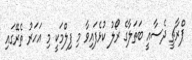
ޕްރާޗީ ދެސާއީ ބަތަލާގެ ރޯލު ކުޅެފައިވާ މި ފިލްމަކީ މި އަހަރު ތެރޭގައި